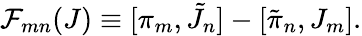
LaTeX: {\cal F}_{mn}(J)\equiv[\pi_{m},\tilde{J}_{n}]-[\tilde{\pi}_{n},J_{m}].